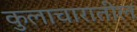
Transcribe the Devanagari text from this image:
कुलाचारातील